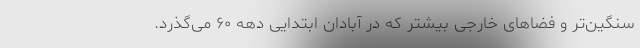
سنگین‌تر و فضا‌های خارجی بیشتر که در آبادان ابتدایی دهه ۶۰ می‌گذرد.